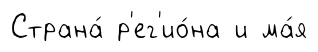
Страна́ р'ег'ио́на и ма́я